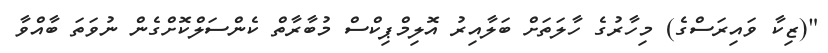
"(ޒިކާ ވައިރަސްގެ) މިހާރުގެ ހާލަތަށް ބަލާއިރު އޮލިމްޕިކްސް މުބާރާތް ކެންސަލްކޮށްގެން ނުވަތަ ބާއްވާ